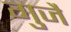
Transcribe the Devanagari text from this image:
गुजै